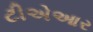
ટીએઆર